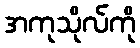
အကုသိုလ်ကို